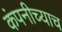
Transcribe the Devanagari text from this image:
कंपनीच्याच